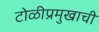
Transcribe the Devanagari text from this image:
टोळीप्रमुखाची